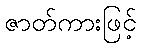
ဇာတ်ကားဖြင့်